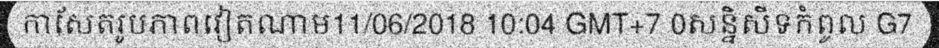
កាសែតរូបភាពវៀតណាម11/06/2018 10:04 GMT+7 0សន្និសីទកំពូល G7